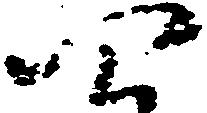
四